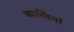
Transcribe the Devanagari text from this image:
व्‍याधियां